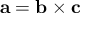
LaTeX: \mathbf { a } = \mathbf { b } \times \mathbf { c }